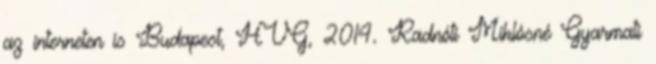
az interneten is Budapest, HVG, 2014. Radnóti Miklósné Gyarmati